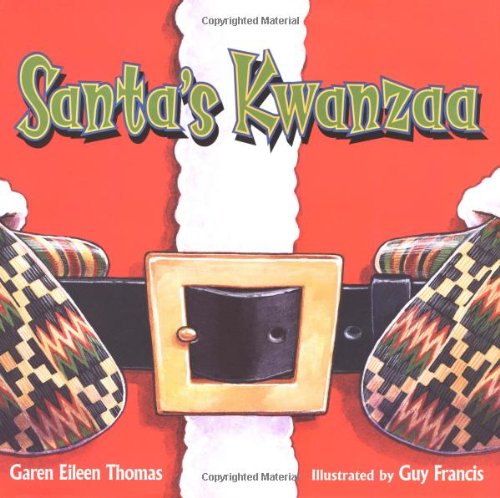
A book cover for Santa's Kwanzaa; Garen Eileen Thomas; Children's Books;